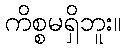
ကိစ္စမရှိဘူး။